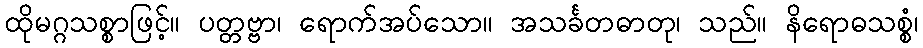
ထိုမဂ္ဂသစ္စာဖြင့်။ ပတ္တဗ္ဗာ၊ ရောက်အပ်သော။ အသင်္ခတဓာတု၊ သည်။ နိရောဓသစ္စံ၊